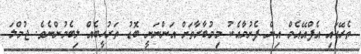
ތެރޭގައި އެފްއޭއެމް އިން ފެށުމާއެކު މިމުބާރާތަށް އަންނަނީ ބޮޑު ތަރުހީބެއް ލިބެމުންނެވެ. ޖުމްލަ